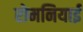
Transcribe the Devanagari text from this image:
रोमनियाई